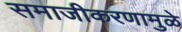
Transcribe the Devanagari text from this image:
समाजीकरणामुळे